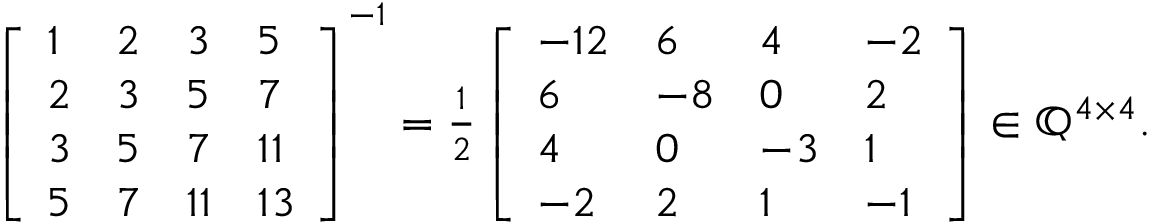
\begin{array} { r } { \left[ \begin{array} { l l l l } { 1 } & { 2 } & { 3 } & { 5 } \\ { 2 } & { 3 } & { 5 } & { 7 } \\ { 3 } & { 5 } & { 7 } & { 1 1 } \\ { 5 } & { 7 } & { 1 1 } & { 1 3 } \end{array} \right] ^ { - 1 } = \frac { 1 } { 2 } \left[ \begin{array} { l l l l } { - 1 2 } & { 6 } & { 4 } & { - 2 } \\ { 6 } & { - 8 } & { 0 } & { 2 } \\ { 4 } & { 0 } & { - 3 } & { 1 } \\ { - 2 } & { 2 } & { 1 } & { - 1 } \end{array} \right] \in \mathbb { Q } ^ { 4 \times 4 } . } \end{array}